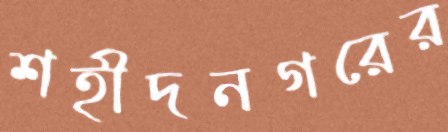
শহীদনগরের